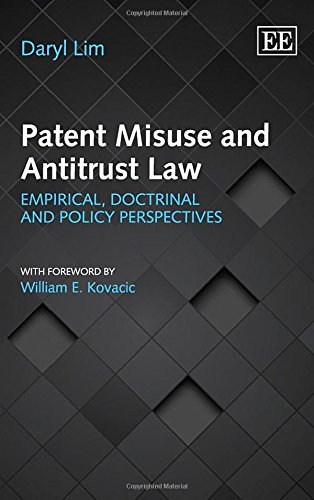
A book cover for Patent Misuse and Antitrust Law: Empirical, Doctrinal and Policy Perspectives; Daryl Lim; Law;